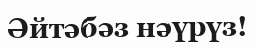
Әйтәбәз нәүрүз!